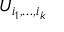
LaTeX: U _ { i _ { 1 } , \dots , i _ { k } }